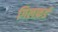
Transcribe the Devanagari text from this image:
गिलफ़र्ड